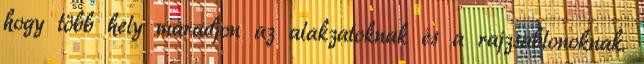
hogy több hely maradjon az alakzatoknak és a rajzsablonoknak.